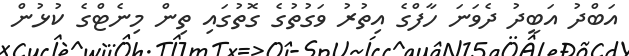
އަބްދު އަބީދު ދެވަނަ ހާފްގެ އިތުރު ވަގުތުގެ ގޮތުގައި ތިން މިނެޓްގެ ކުޅުން